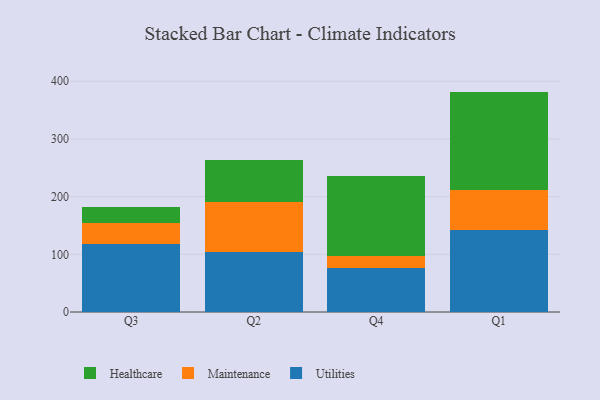
{"axis": {"x": "Quarter", "y": "Shipments"}, "legend": ["Healthcare", "Maintenance", "Utilities"], "data": [{"x": "Q3", "y": 117.3, "type": "Utilities"}, {"x": "Q3", "y": 37.5, "type": "Maintenance"}, {"x": "Q3", "y": 27.2, "type": "Healthcare"}, {"x": "Q2", "y": 103.7, "type": "Utilities"}, {"x": "Q2", "y": 86.7, "type": "Maintenance"}, {"x": "Q2", "y": 73.8, "type": "Healthcare"}, {"x": "Q4", "y": 75.5, "type": "Utilities"}, {"x": "Q4", "y": 21.2, "type": "Maintenance"}, {"x": "Q4", "y": 139.4, "type": "Healthcare"}, {"x": "Q1", "y": 141.4, "type": "Utilities"}, {"x": "Q1", "y": 70.8, "type": "Maintenance"}, {"x": "Q1", "y": 169.8, "type": "Healthcare"}]}